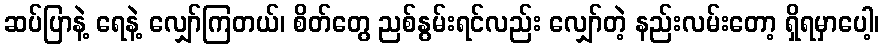
ဆပ်ပြာနဲ့ ရေနဲ့ လျှော်ကြတယ်၊ စိတ်တွေ ညစ်နွမ်းရင်လည်း လျှော်တဲ့ နည်းလမ်းတော့ ရှိရမှာပေါ့၊